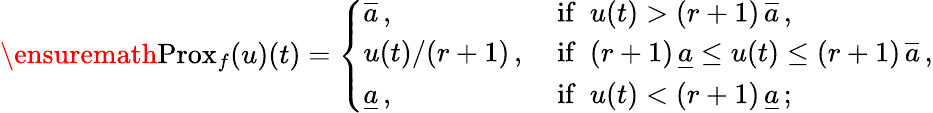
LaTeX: \ensuremath{\operatorname{Prox}}_{f}(u)(t)=\left\{ \begin{array}{ll}{\overline{{a}}\, ,}&{\mathrm{~if\ \ }u(t)>(r+1)\, \overline{{a}}\, ,}\\ {u(t)/(r+1)\, ,}&{\mathrm{~if\ \ }(r+1)\, \underline{{a}}\le u(t)\le(r+1)\, \overline{{a}}\, ,}\\ {\underline{{a}}\, ,}&{\mathrm{~if\ \ }u(t)<(r+1)\, \underline{{a}}\, ;}\end{array}\right.